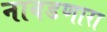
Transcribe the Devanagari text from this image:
नावडणारा